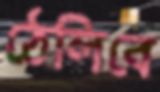
ঠেলিবে